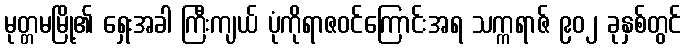
မုတ္တမမြို့၏ ရှေးအခါ ကြီးကျယ် ပုံကိုရာဇဝင်ကြောင်းအရ သက္ကရာဇ် ၉၀၂ ခုနှစ်တွင်